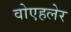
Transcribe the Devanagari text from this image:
वोएहलेर